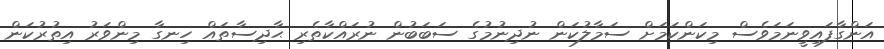
އަންގާފައިވީނަމަވެސް މިކަންކަމަށް ސަމާލުކަން ނުދިނުމުގެ ސަބަބުން ނުރައްކާތެރި ޙާދިސާތައް ހިނގާ މިންވަރު އިތުރުކަން